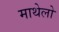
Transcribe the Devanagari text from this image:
माथेलो